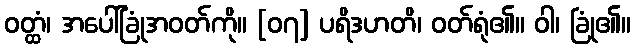
ဝတ္ထံ၊ အပေါ်ခြုံအဝတ်ကို။ [၀၇] ပရိဒဟတိ၊ ဝတ်ရုံ၏။ ဝါ၊ ခြုံ၏။